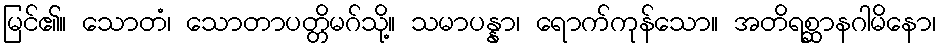
မြင်၏။ သောတံ၊ သောတာပတ္တိမဂ်သို့။ သမာပန္နာ၊ ရောက်ကုန်သော။ အတိရစ္ဆာနဂါမိနော၊